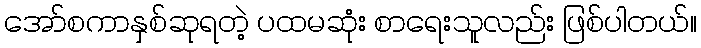
အော်စကာနှစ်ဆုရတဲ့ ပထမဆုံး စာရေးသူလည်း ဖြစ်ပါတယ်။